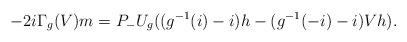
LaTeX: \begin{align*}-2i\Gamma_g(V) m=P_-U_g((g^{-1}(i)-i)h-(g^{-1}(-i)-i)Vh).\end{align*}